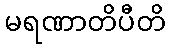
မရဏာတိပီတိ